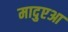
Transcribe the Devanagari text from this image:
मादुएआ